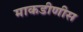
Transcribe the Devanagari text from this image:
माकडीणीस